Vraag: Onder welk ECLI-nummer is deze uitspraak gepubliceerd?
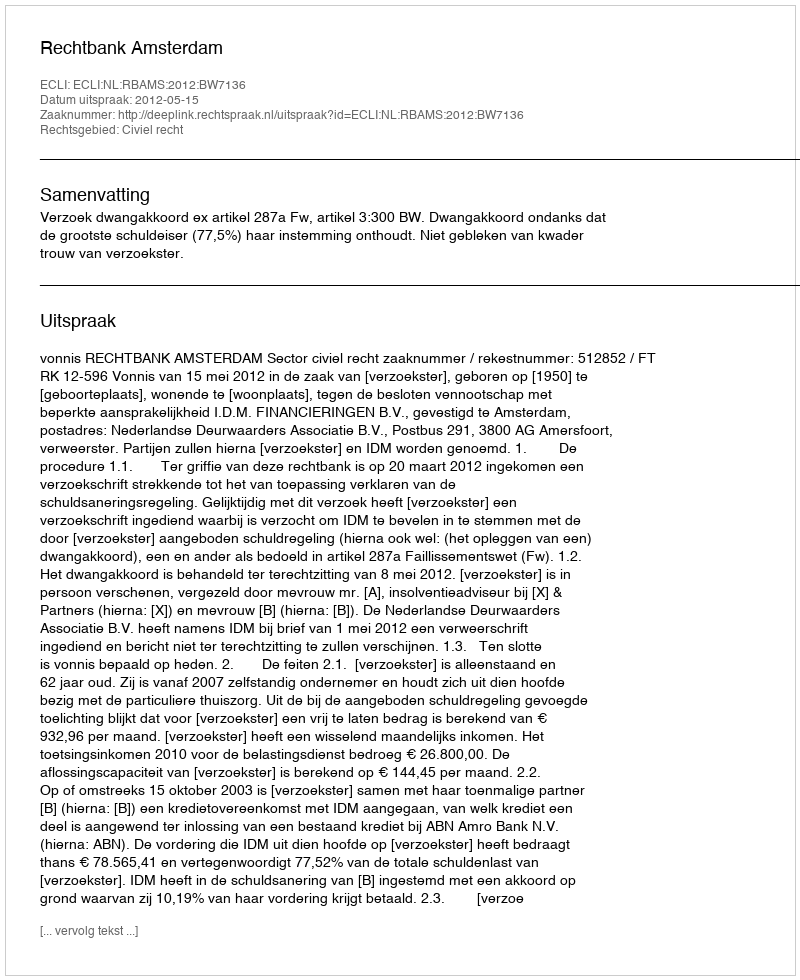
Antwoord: ECLI:NL:RBAMS:2012:BW7136